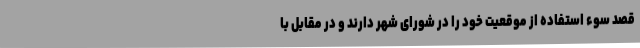
قصد سوء استفاده از موقعیت خود را در شورای شهر دارند و در مقابل با